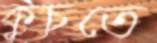
কুচতে